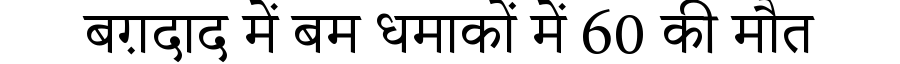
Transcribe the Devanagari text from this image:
बग़दाद में बम धमाकों में 60 की मौत